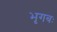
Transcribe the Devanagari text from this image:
भृगबः